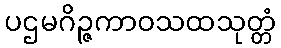
ပဌမဂိဉ္ဇကာဝသထသုတ္တံ